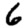
Digit: 6